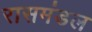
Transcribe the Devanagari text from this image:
रासमंडल